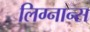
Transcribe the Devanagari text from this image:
लिग्नान्स